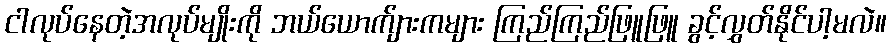
ငါလုပ်နေတဲ့အလုပ်မျိုးကို ဘယ်ယောက်ျားကများ ကြည်ကြည်ဖြူဖြူ ခွင့်လွှတ်နိုင်ပါ့မလဲ။